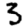
Digit: 3